Civil Veterinary Dept. Assam report 1911-1927 - 1911-1927
Year: 1911
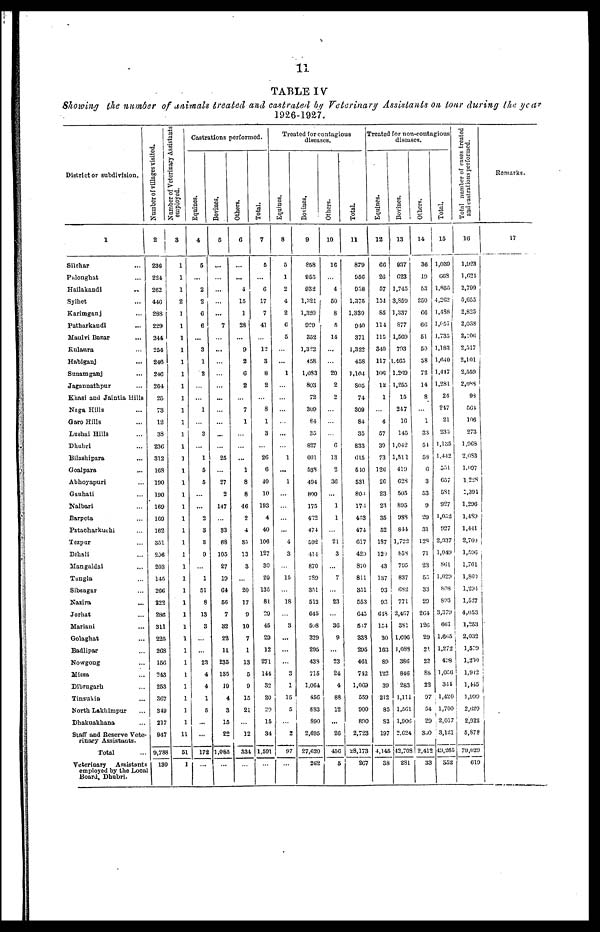
11
TABLE IV
Showing the number of animals treated and castrated by Veterinary Assistants on tour during the year
1926-1927.
District or subdivision.
1
Silchar …
Palonghat …
Hailakandi …
Sylhet …
Karimganj …
Patharkandi …
Maulvi Bazar …
Kulaura …
Habiganj …
Sunamganj …
Jagannathpur …
Khasi and Jaintia Hills
Naga Hills …
Garo Hills …
Lushai Hills …
Dhubri …
Bilashipara …
Goalpara …
Abhoyapuri …
Gauhati …
Nalbari …
Barpeta …
Patacharkuchi …
Tezpur …
Behali …
Mangaldai …
Tungla …
Sibsagar …
Nazira …
Jorhat ...
Mariani …
Golaghat …
Badlipar …
Nowgong …
Missa …
Dibrugarh …
Tinsukia …
North Lakhimpur …
Dhakuakhana …
Staff and Reserve Vete-
rinary Assistants.
Total ...
Veterinary
Assistants
employed by the Local
Board, Dhubri.
Number of villages visited.
2
236
224
262
446
288
229
244
254
246
246
264
25
73
12
38
236
312
168
100
130
169
169
162
351
296
203
145
266
222
286
311
225
268
156
243
253
367
310
217
947
9,788
130
Number of Veterinary Assistants
employed.
3
1
1
1
2
1
1
1
1
1
1
1
1
1
1
1
1
1
1
1
1
1
1
1
1
1
1
1
1
1
1
1
1
1
1
1
1
1
1
1
11
51
1
Castrations performed.
Equines.
4
6
...
2
2
6
6
…
3
1
2
…
…
1
…
3
…
1
5
5
…
…
2
3
8
9
…
1
51
8
13
3
…
…
23
4
4
1
6
…
…
172
…
Bovines.
5
...
…
…
…
…
7
…
…
…
…
…
...
…
…
...
…
25
…
27
2
147
…
33
68
105
27
19
04
56
7
32
22
11
235
135
10
4
3
15
22
1,083
…
Others.
6
…
…
4
15
1
28
…
9
2
6
2
…
7
1
…
…
...
1
8
8
46
2
4
85
13
3
…
20
17
9
10
7
1
13
5
9
15
21
…
12
334
…
Total.
7
5
…
6
17
7
41
…
12
3
8
2
…
8
1
3
…
26
6
40
10
103
4
40
106
127
30
20
135
81
20
45
20
12
271
144
32
20
29
15
34
1,501
…
Treated for contagious
diseases.
Equines.
8
5
1
2
4
2
6
5
…
…
1
…
…
…
…
...
…
1
...
1
…
…
…
…
4
3
…
15
…
18
…
3
…
…
…
3
1
15
5
…
2
97
…
Bovines.
9
858
955
932
1,321
1,320
929
352
1,322
458
1,083
803
72
309
84
35
827
601
538
404
800
175
432
474
592
414
870
789
351
512
645
508
329
295
433
715
1,064
450
883
890
2,695
27,620
262
Others.
10
16
…
4
50
8
5
14
…
…
20
2
2
…
…
…
6
13
2
36
…
1
1
…
21
3
…
7
…
23
…
30
9
…
23
24
4
88
12
...
26
456
5
Total.
11
879
956
938
1,375
1,330
940
371
1,322
458
1,104
805
74
309
84
35
833
615
510
531
804
176
423
471
617
429
870
811
351
553
645
517
338
295
461
742
1,069
559
900
890
2,723
28,173
267
Treated for non-contagious
diseases.
Equines.
12
66
26
57
151
85
114
115
340
117
100
12
1
…
4
57
39
73
126
26
23
23
35
52
187
120
43
137
93
92
648
154
30
163
80
122
39
212
85
82
197
4,145
38
Bovines.
13
937
623
1,745
3,859
1.337
877
1,569
703
1,465
1.209
1,255
15
247
10
145
1,042
1,511
419
628
505
895
988
841
1,722
858
795
837
682
771
2,467
381
1,606
1,088
380
846
283
1,111
1,561
1,906
2,624
42,708
281
Others.
14
36
19
53
250
66
66
51
50
58
72
14
8
…
1
33
54
58
6
3
53
9
29
31
128
71
23
55
33
29
264
126
29
24
23
88
22
97
54
29
360
2,412
33
Total.
15
1,039
668
1,855
4,262
1,488
1,657
1,735
1.183
1,640
1,447
1.281
24
247
21
235
1,135
1,442
551
657
581
927
1,052
927
2,037
1,049
861
1,029
808
893
3,379
661
1,663
1,272
428
1,056
341
1,420
1,700
2,017
3,121
49,265
852
Total
number
of cases treated
and
castrations performed.
16
1,923
1,021
2,709
5,655
2,825
2,038
2,106
2,517
2,101
2.559
2,088
98
564
106
273
1,068
2,083
l,097
1,228
1,391
1,296
1,489
1,441
2,769
1.590
1,761
1,869
1,294
1,527
4,053
1,253
2,032
1,579
1,239
1,942
1,445
1,999
2,629
2,922
5,878
79,029
619
Remarks.
17